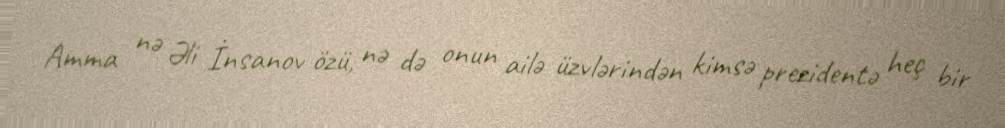
Amma nə Əli İnsanov özü, nə də onun ailə üzvlərindən kimsə prezidentə heç bir